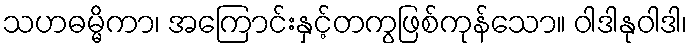
သဟဓမ္မိကာ၊ အကြောင်းနှင့်တကွဖြစ်ကုန်သော။ ဝါဒါနုဝါဒါ၊